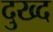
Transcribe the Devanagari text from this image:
दुख्द